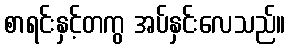
စာရင်းနှင့်တကွ အပ်နှင်းလေသည်။